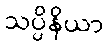
သပ္ပိနိယာ